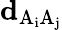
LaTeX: \mathbf{d}_{\mathrm{{A}_{i}\mathrm{{A}_{j}}}}